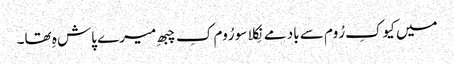
میں کیوکِ رُوم سے باد مے نِکلا سو رُوم کِ چبھِ میرے پاش ہِ تھا۔